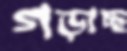
গড়াচ্ছ